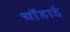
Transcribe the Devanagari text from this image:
चॉडाई